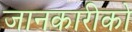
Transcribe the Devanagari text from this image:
जानकारीको